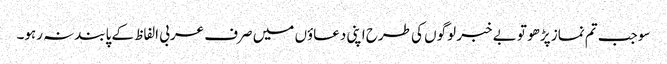
سو جب تم نماز پڑھو تو بے خبر لوگوں کی طرح اپنی دعاؤں میں صرف عربی الفاظ کے پابندنہ رہو۔